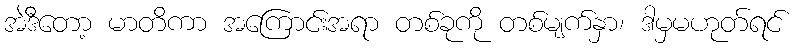
အဲဒီတော့ မာတိကာ အကြောင်းအရာ တစ်ခုကို တစ်မျက်နှာ၊ ဒါမှမဟုတ်ရင်